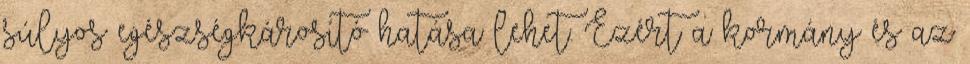
súlyos egészségkárosító hatása lehet. Ezért a kormány és az